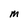
Character: M